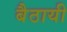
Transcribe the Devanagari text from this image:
बैठायी